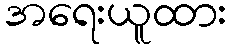
အရေးယူထား